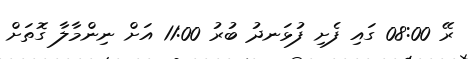
ރޭ 08:00 ގައި ފެށި ފުޅަނދު ބުރު 11:00 އަށް ނިންމާލާ ގޮތަށް